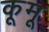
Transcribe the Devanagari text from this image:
कूमू